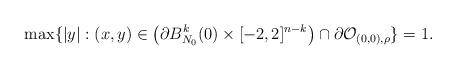
LaTeX: \begin{align*} \max \{|y| : (x, y) \in \left(\partial B^k_{N_0}(0) \times [-2,2]^{n-k}\right) \cap \partial \mathcal{O}_{(0, 0), \rho}\} &= 1.\end{align*}